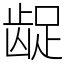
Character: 龊